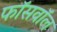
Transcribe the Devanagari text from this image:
फॉसवॉल